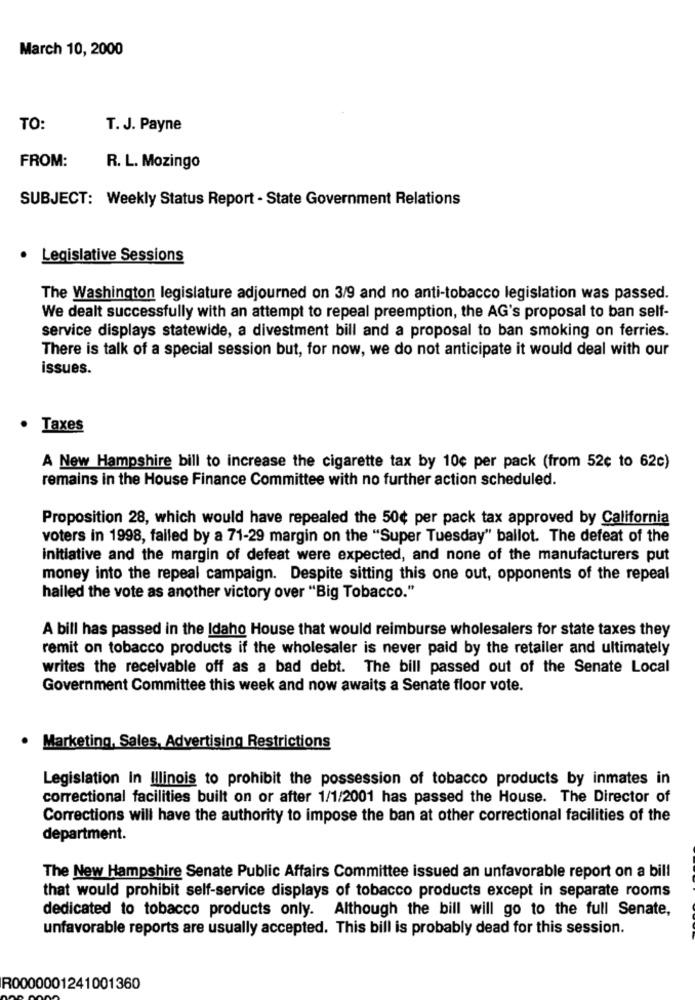
March 10, 2000
TO:
T. J. Payne
FROM:
R. L. Mozingo
SUBJECT: Weekly Status Report - State Government Relations
Legislative Sessions
The Washington legislature adjourned on 3/9 and no anti-tobacco legislation was passed.
We dealt successfully with an attempt to repeal preemption, the AG's proposal to ban self-
service displays statewide, a divestment bill and a proposal to ban smoking on ferries.
There is talk of a special session but, for now, we do not anticipate it would deal with our
issues.
· Taxes
A New Hampshire bill to increase the cigarette tax by 10€ per pack (from 52¢ to 62c)
remains in the House Finance Committee with no further action scheduled.
Proposition 28, which would have repealed the 50¢ per pack tax approved by California
voters in 1998, failed by a 71-29 margin on the "Super Tuesday" ballot. The defeat of the
initiative and the margin of defeat were expected, and none of the manufacturers put
money into the repeal campaign. Despite sitting this one out, opponents of the repeal
hailed the vote as another victory over "Big Tobacco."
A bill has passed in the Idaho House that would reimburse wholesalers for state taxes they
remit on tobacco products if the wholesaler is never paid by the retailer and ultimately
writes the receivable off as a bad debt. The bill passed out of the Senate Local
Government Committee this week and now awaits a Senate floor vote.
Marketing, Sales, Advertising Restrictions
Legislation In Illinois to prohibit the possession of tobacco products by inmates in
correctional facilities built on or after 1/1/2001 has passed the House. The Director of
Corrections will have the authority to impose the ban at other correctional facilities of the
department.
The New Hampshire Senate Public Affairs Committee issued an unfavorable report on a bill
that would prohibit self-service displays of tobacco products except in separate rooms
dedicated to tobacco products only. Although the bill will go to the full Senate,
unfavorable reports are usually accepted. This bill is probably dead for this session.
R0000001241001360